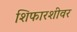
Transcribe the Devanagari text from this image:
शिफारशीवर